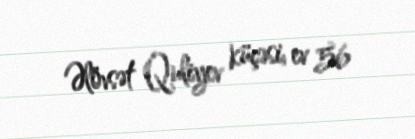
Əlövsət Quliyev küçəsi, ev 56